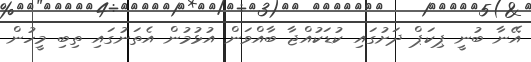
އޭނާ ބުނީ ޕިކަޕް ދަށުގައި ކުޑަކުއްޖާ ބާއްވަން އުޅުމުން އެތަނުގައި ތިބި މީހުން